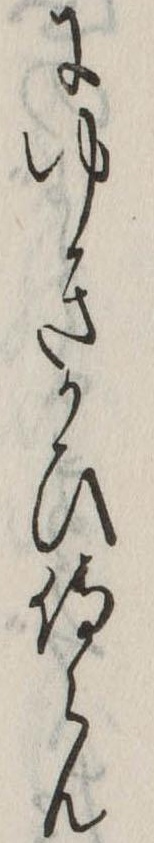
にゆきかひ侍らん